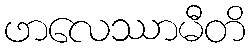
ဖာလေဿာမီတိ